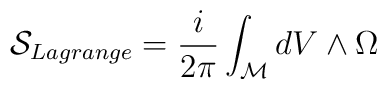
{\cal{S}}_{Lagrange}=\frac{i}{2\pi}\int_{\cal{M}}dV\wedge\Omega{}